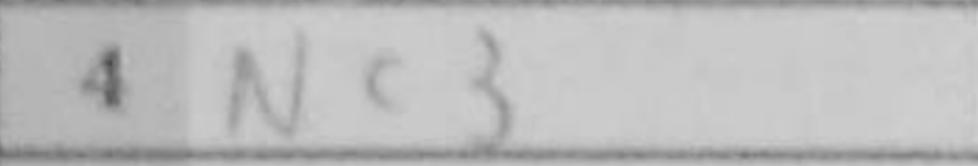
Transcription: Nc3